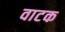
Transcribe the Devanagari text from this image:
वाटक